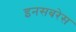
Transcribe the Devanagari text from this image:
इनसबरेस